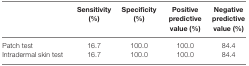
<table><thead><tr><td></td><td><b>Sensitivity (%)</b></td><td><b>Specificity (%)</b></td><td><b>Positive predictive value (%)</b></td><td><b>Negative predictive value (%)</b></td></tr></thead><tbody><tr><td>Patch test</td><td>16.7</td><td>100.0</td><td>100.0</td><td>84.4</td></tr><tr><td>Intradermal skin test</td><td>16.7</td><td>100.0</td><td>100.0</td><td>84.4</td></tr></tbody></table>